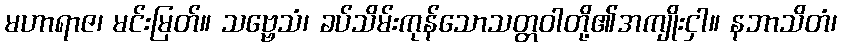
မဟာရာဇ၊ မင်းမြတ်။ သဗ္ဗေသံ၊ ခပ်သိမ်းကုန်သောသတ္တဝါတို့၏အကျိုးငှါ။ နဘာသိတံ၊